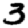
Digit: 3